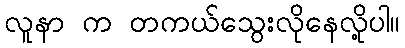
လူနာ က တကယ်သွေးလိုနေလို့ပါ။